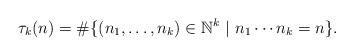
LaTeX: \begin{align*}\tau_k(n) = \# \{ (n_1, \ldots, n_k) \in \mathbb{N}^k \ | \ n_1 \cdots n_k = n \}. \end{align*}